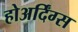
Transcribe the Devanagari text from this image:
होअर्दिंग्स